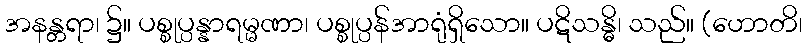
အနန္တရာ၊ ၌။ ပစ္စုပ္ပန္နာရမ္မဏာ၊ ပစ္စုပ္ပန်အာရုံရှိသော။ ပဋိသန္ဓိ၊ သည်။ (ဟောတိ၊